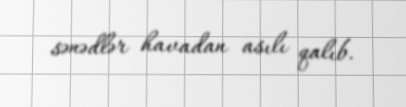
sənədlər havadan asılı qalıb.